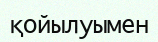
қойылуымен